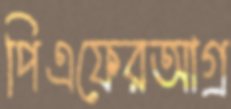
পিএফেরআগ্র